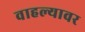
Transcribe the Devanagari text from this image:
वाहल्यावर